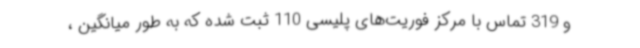
و 319 تماس با مرکز فوریت‌های پلیسی 110 ثبت شده که به طور میانگین ،